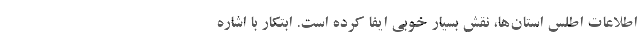
اطلاعات اطلس استان‌ها، نقش بسیار خوبی ایفا کرده است. ابتکار با اشاره